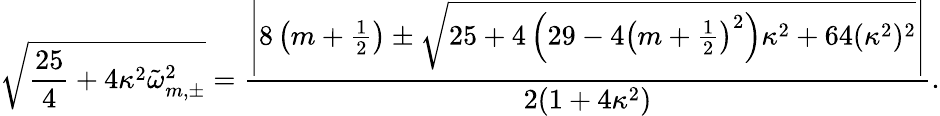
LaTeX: \sqrt{\frac{25}{4}+4\kappa^{2}\tilde{\omega}_{m,\pm}^{2}}=\frac{\left|8\left(m+\frac 12\right)\pm\sqrt{25+4\left(29-4\left(m+\frac 12\right)^{2}\right)\kappa^{2}+64(\kappa^{2})^{2}}\right|}{2(1+4\kappa^{2})}.